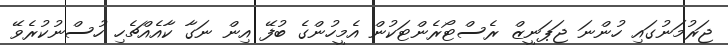
ޖަރުމަނުގައި ހުންނަ ޖަޕަނީޒް ރެސްޓޯރެންޓަކުން އެމީހުންގެ ބުފޭ އިން ނަގާ ކާއެއްޗެހި ހުސްނުކުރެވޭ